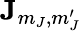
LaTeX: \mathbf{J}_{m_{J},m_{J}^{\prime}}